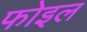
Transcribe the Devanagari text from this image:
फोइल